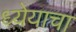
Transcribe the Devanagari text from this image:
ध्येयाचा